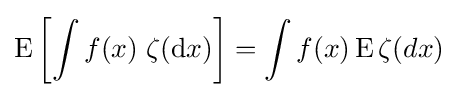
\operatorname {E} \left[\int f(x)\;\zeta (\mathrm {d} x)\right]=\int f(x)\operatorname {E} \zeta (dx)